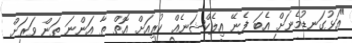
"އަޅުގަނޑުމެނަށް އެބަ ފެނޭ އިލެކްޝަނެއް ކުރިއަށް އޮތް ތާ އަންނަ ތަން ވަރަށް